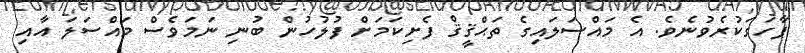
ފާހަގަކުރެވުނެވެ. އެ މައްސަލައިގެ ތަޙްޤީޤް ފެށިކަމަށް ފުލުހުން ބުނި ނަމަވެސް މައްސަލަ އާއި